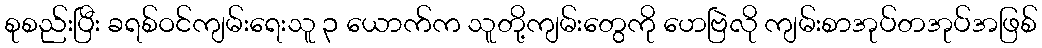
စုစည်းပြီး ခရစ်ဝင်ကျမ်းရေးသူ ၃ ယောက်က သူတို့ကျမ်းတွေကို ဟေဗြဲလို ကျမ်းစာအုပ်တအုပ်အဖြစ်